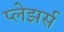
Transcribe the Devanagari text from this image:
प्लेझर्स